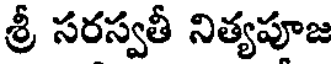
శ్రీ సరస్వతీ నిత్యపూజ